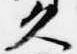
久